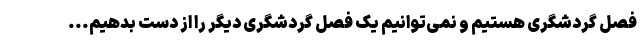
فصل گردشگری هستیم و نمی‌توانیم یک فصل گردشگری دیگر را از دست بدهیم...